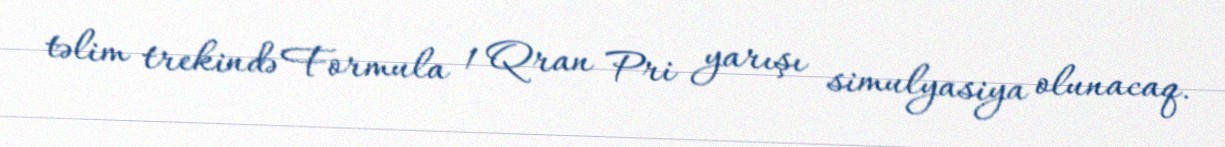
təlim trekində Formula 1 Qran Pri yarışı simulyasiya olunacaq.